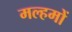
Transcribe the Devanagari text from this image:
मल्हमों